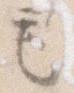
も